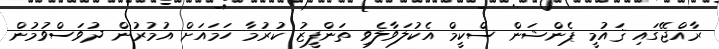
ރާއްޖޭގައި ޤައުމީ ޕެންޝަން ސްކީމް އެކުލަވާލެވި ތަންފީޒު ކުރުމާ ހަމައަށް އުމުރުން ދުވަސްވުމުން